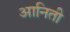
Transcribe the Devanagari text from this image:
आनिती